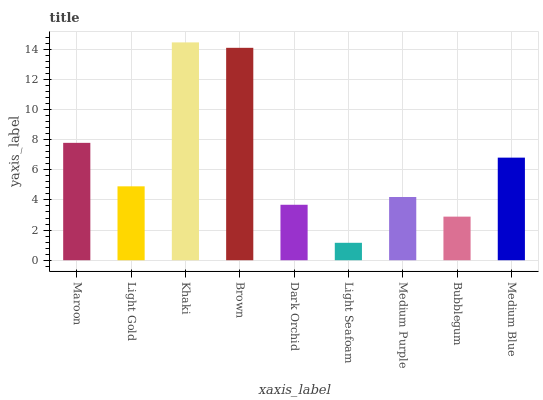
| xaxis_label | bars |
 | --- | --- |
 | Maroon | 7.78 |
 | Light Gold | 4.9 |
 | Khaki | 14.4 |
 | Brown | 14.1 |
 | Dark Orchid | 3.68 |
 | Light Seafoam | 1.16 |
 | Medium Purple | 4.19 |
 | Bubblegum | 2.89 |
 | Medium Blue | 6.8 |